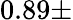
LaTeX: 0.89\pm